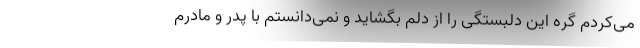
می‌کردم گره این دلبستگی را از دلم بگشاید و نمی‌دانستم با پدر و مادرم